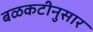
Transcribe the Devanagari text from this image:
बळकटीनुसार